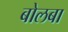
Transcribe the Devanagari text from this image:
बोलबा